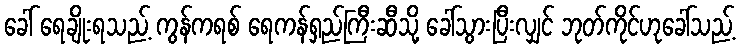
ခေါ် ရေချိုးရသည့် ကွန်ကရစ် ရေကန်ရှည်ကြီးဆီသို့ ခေါ်သွားပြီးလျှင် ဘုတ်ကိုင်ဟုခေါ်သည့်